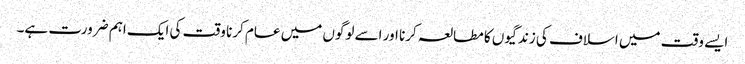
ایسے وقت میں اسلاف کی زندگیوں کا مطالعہ کرنا اور اسے لوگوں میں عام کرنا وقت کی ایک اہم ضرورت ہے۔